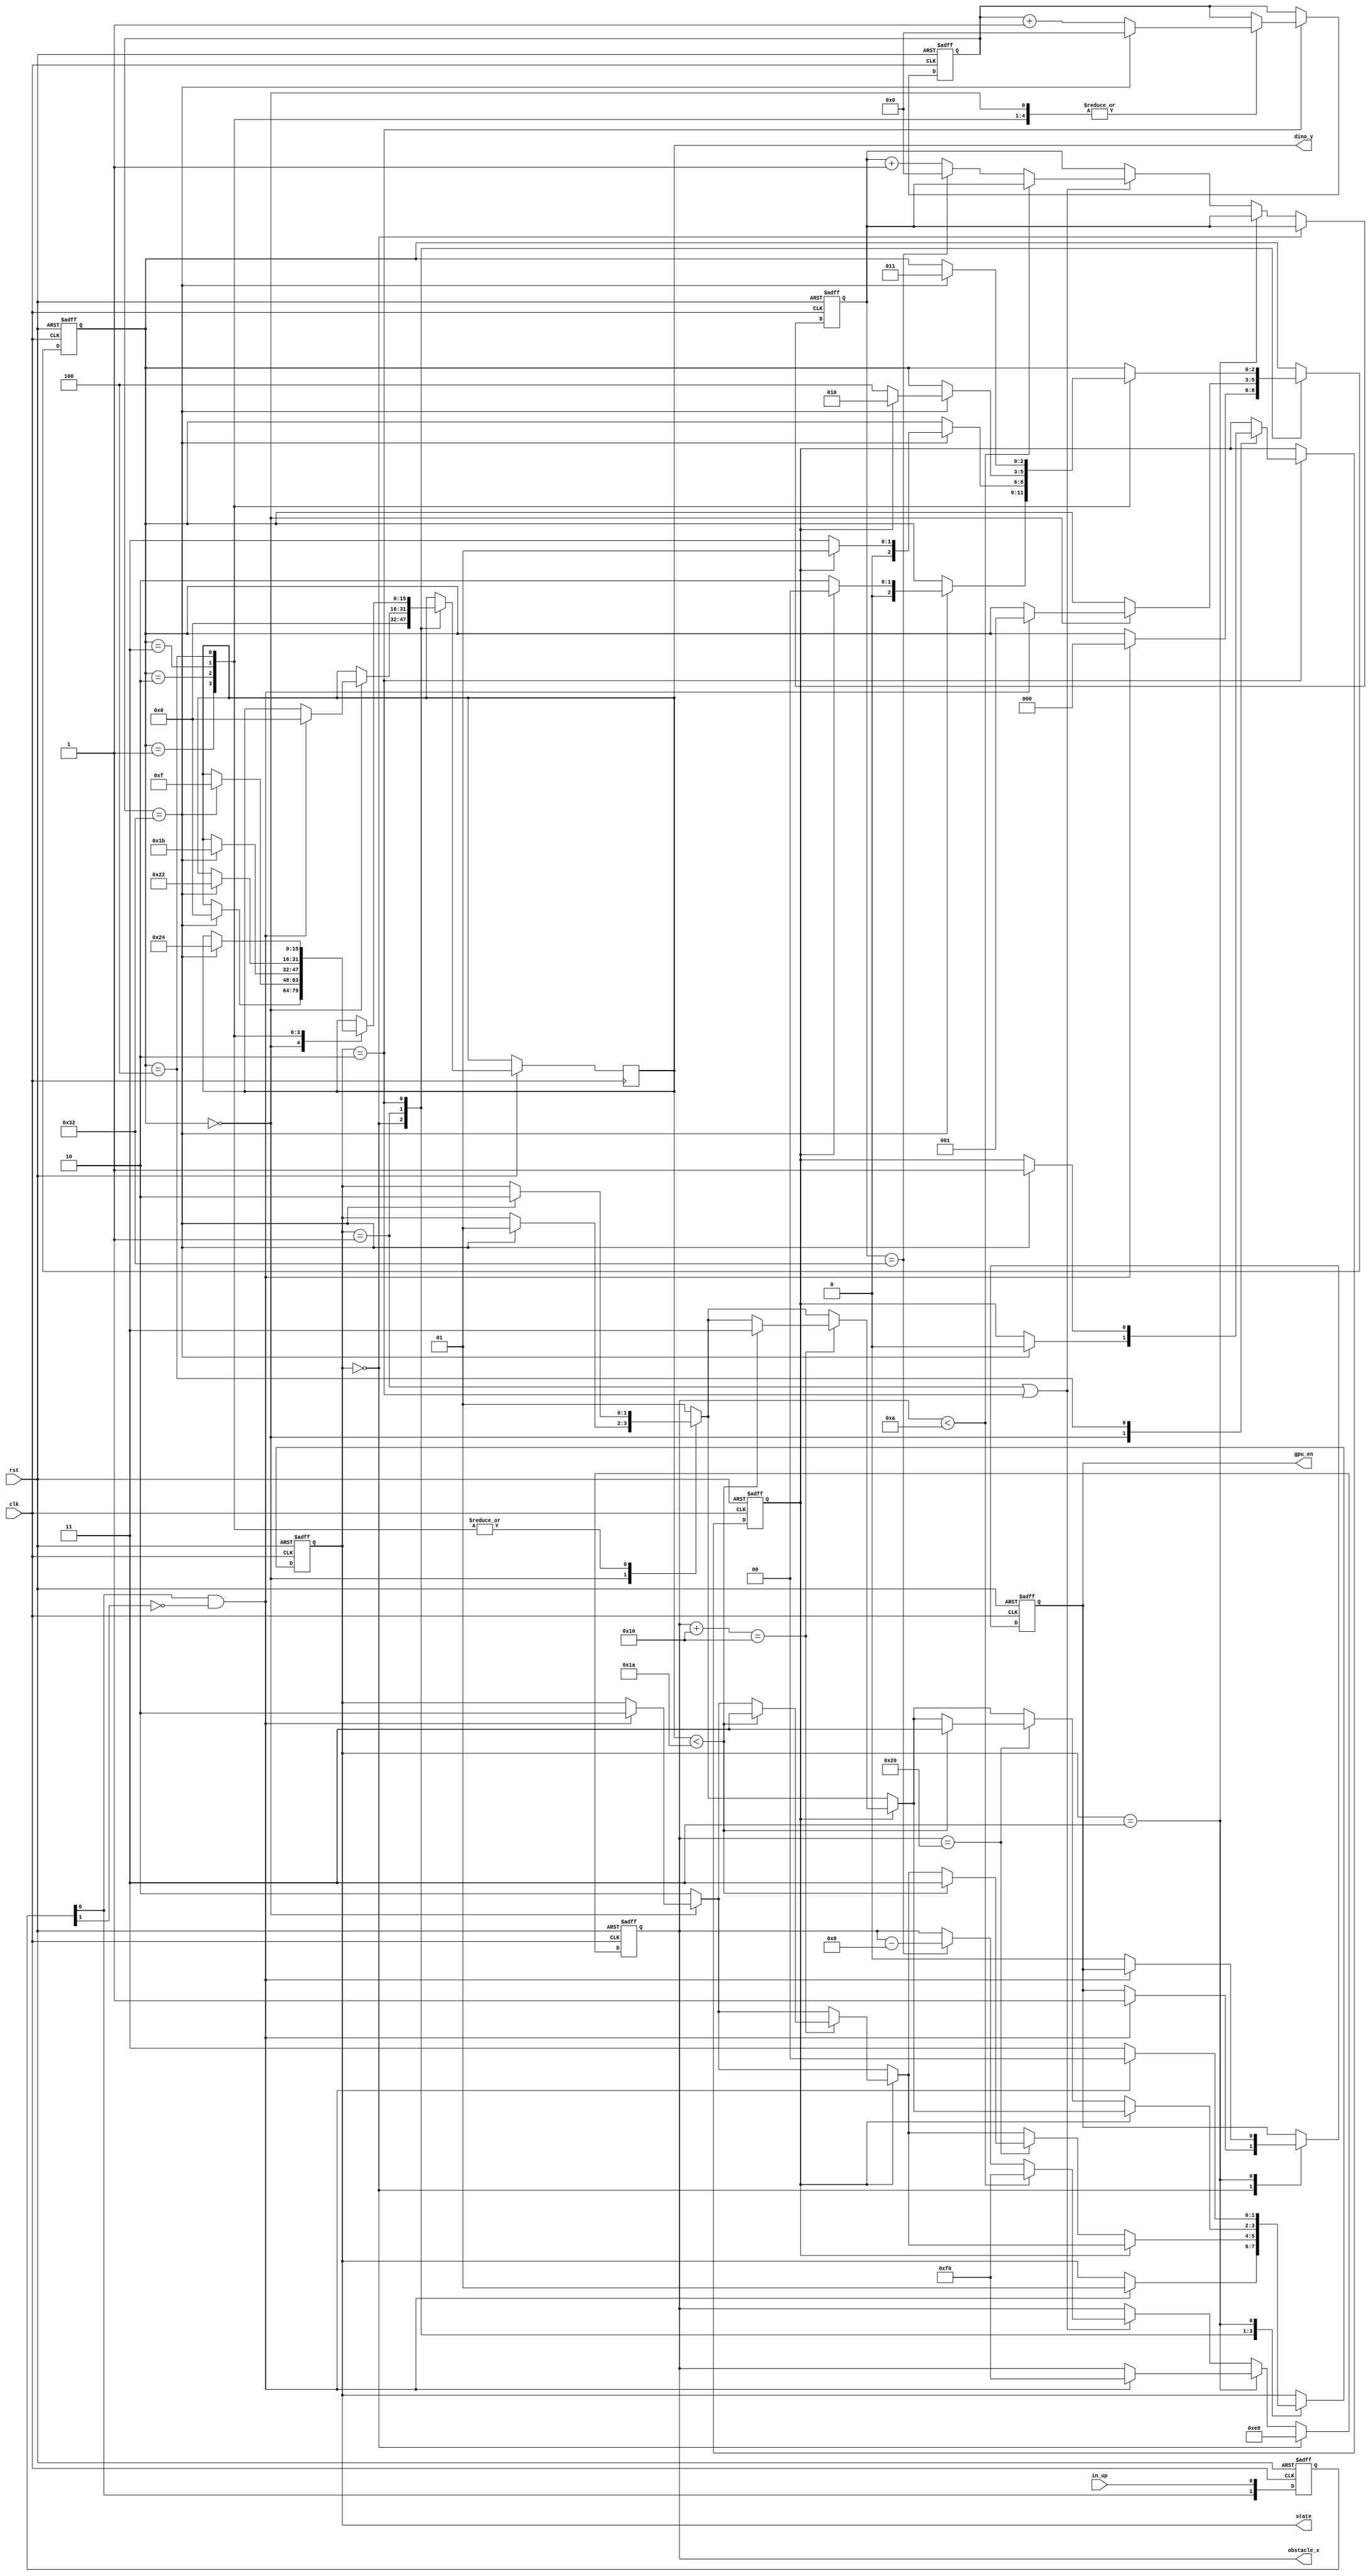
//
//(x,7)
module gamecentre(
									clk,
									rst,
									in_up,						//input ,to jump
									gpu_en,					 //
									dino_y,				   //(y)7bit   0/15/27/34/36 
									obstacle_x,      //(x)9bit
									state           //2bit
									);

input   				  clk;
input 						rst;
input 						in_up;						
output	 					gpu_en;		
output[15:0] 			dino_y; 							
output[15:0]			obstacle_x;						
output[1:0]				state;				  


reg								gpu_en;
reg[15:0]    			dino_y; 
reg[15:0]	  			obstacle_x;	
reg[1:0]					state;				   //2
reg[2:0]    			dino_state;      //dinosaur_state
reg[1:0] 					pin_pos;			   //
reg								con_jump;				 // 01
reg[9:0]    			con;             //
reg[9:0]    			con1;						 //
reg								con_over;				 //state

parameter					init = 0;				//
parameter					go   = 1;				//
parameter					jump = 2;				//
parameter					over = 3;				//
parameter   			dino_go    = 0; //               0
parameter  				dino_jump1 = 1;	///  15
parameter   			dino_jump2 = 2;	///  27
parameter   			dino_jump3 = 3;	///  34
parameter  			  dino_jump4 = 4;	//       36
parameter         dino_x = 16;		//
parameter   			dino_x_right = 32;		//
parameter   			obstacle_high= 26;    //
parameter   			width  = 16;						//16//////////////////////////////////////////////
parameter					division = 50;				//


wire[15:0]				obstacle_x_right; 
wire							pin_up_edge;

assign 						pin_up_edge = pin_pos[0]&(!pin_pos[1]);			//pin_up_edge=1,
assign      			obstacle_x_right = obstacle_x + width;    //

always@(posedge clk or negedge rst)begin
	if(~rst)begin
		gpu_en  <= 0;
		state		<= 0;
		pin_pos <= 0;	
		con1		<= 0;
		con_jump <= 0;
		dino_state <=0;
	end
	else begin 						
		pin_pos[1] <= pin_pos[0]; 
		pin_pos[0] <= in_up;																//

		
		case(state)
			init: begin																			//
				if(pin_up_edge == 1)begin
					state <= go;																//2
					gpu_en <= 1;
					dino_state <= dino_go;
				end
				dino_y <= 16'd0;   
				
			end
			
			go: begin																			//2 
				if(dino_state == dino_go)begin							//
					if(pin_up_edge == 1)begin										// 
						state <= jump;													//jump
						dino_state <= dino_jump1;
						dino_y <= 16'd0;
				  end
				end
				else begin																		//
					state <= jump;
				end
				////////////////
				if(con_jump)begin  																//
					if(obstacle_x_right == dino_x)begin  						//
						if(dino_y < obstacle_high)begin								//   
							state <= over;
						end
					end
				end
				if(~con_jump) begin																//
					if(obstacle_x == dino_x_right)begin  						//
						if(dino_y < obstacle_high)begin								//   
							state <= over;
						end
					end
				end
				////////////		
			end
																											///////////////////////////////////////////////////
			jump: begin																		//3 ///////gameover
				case (dino_state)											//////////////////////////////////////////
					dino_go:begin
						if(con1 == division)begin	
							con_jump <= 0;
							dino_y <= 16'd0;
						  state <= go;														//gameover
						  con1 <= 0;
						end
						else begin
							con1 <= con1+1;
						end
					end
					
					dino_jump1:begin
						if(con1 == division)begin																//
		 					dino_y <= 16'd15;
		 					con1 <= 0;
							if(con_jump == 0)begin										//con_jump=0,
						  	dino_state <= dino_jump2;
						  end
						  else begin
						  	dino_state <= dino_go;									//con_jump=1 
						  end
						  state <= jump;
						end
						else begin
							con1 <= con1+1;
						end					
					  					
					end
					
					dino_jump2:begin
						if(con1 == division)begin											//
							dino_y <= 16'd27;
							con1 <= 0;
						  if(con_jump == 0)begin										//con_jump=0,
						  	dino_state <= dino_jump3;
						  end
						  else begin
						  	dino_state <= dino_jump1;									//con_jump=1 
						  end
						  state <= jump;
						end
						else begin
							con1 <= con1+1;	
						end				
					end
					
					dino_jump3:begin
						if(con1 == division)begin	
							dino_y <= 16'd34;
							con1 <= 0;
						  if(con_jump == 0)begin										//con_jump=0,
						  	dino_state <= dino_jump4;
						  end
						  else begin
						  	dino_state <= dino_jump2;									//con_jump=1 
						  end
						  state <= jump;
						end
						else begin
							con1 <= con1+1;
						end						
					end
					
					dino_jump4:begin
						if(con1 == division)begin	
							dino_y <= 16'd36;
						  dino_state <= dino_jump3;
						  con_jump <= 1;
						  state <= jump;
						  con1 <= 0;
						end
						else begin
							con1 <= con1+1;
						end
					end

				default: state<= go;	
				endcase
				////////////////
				if(con_jump)begin  																//
					if(obstacle_x_right == dino_x)begin  						//
						if(dino_y < obstacle_high)begin								//   
							state <= over;
						end
					end
				end
				if(~con_jump) begin																//
					if(obstacle_x == dino_x_right)begin  						//
						if(dino_y < obstacle_high)begin								//   
							state <= over;
						end
					end
				end
				////////////
			end
			
			over: begin																		//
				
				if(pin_up_edge == 1)begin
					state <= init;																//
				end
				else begin
					gpu_en <= 0;																//
					state <= over;
				end	
				
			end
			
		default:	state<=init;	
		endcase

	end

end

always@(posedge clk or negedge rst)begin														///
	if(~rst)begin
		obstacle_x <=0;
		con <= 0;
	end
	else begin
		if(state == init)begin
			obstacle_x	<= 16'd232;														//00x=232
		end
		else if(state == over)begin
			if(pin_up_edge == 1)begin
				obstacle_x <= 16'd240;								        	//
			end
		end
		else if(state == go | state == jump)begin
			if(obstacle_x < 10)begin							 							//
				obstacle_x <= 16'd240;
			end  
			else if(con == division)begin																//10k
			 	obstacle_x	<= obstacle_x - 8; 										//x-8,8	
			 	con <= 0;
			end
			else begin
				con <= con+1;
			end
		end
	end
end

endmodule